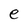
Character: e